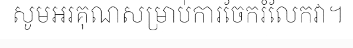
សូមអរគុណសម្រាប់ការចែករំលែកវា។